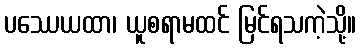
ပဿေယထာ၊ ယူစရာမထင် မြင်ရသကဲ့သို့။